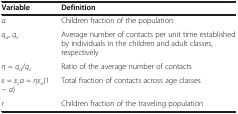
<table><thead><tr><td><b>Variable</b></td><td><b>Definition</b></td></tr></thead><tbody><tr><td><i>α</i></td><td>Children fraction of the population</td></tr><tr><td><i>q</i><sub><i>a</i></sub>, <i>q</i><sub><i>c</i></sub></td><td>Average number of contacts per unit time established by individuals in the children and adult classes, respectively</td></tr><tr><td><i>η</i> = <i>q</i><sub><i>a</i></sub>/<i>q</i><sub><i>c</i></sub></td><td>Ratio of the average number of contacts</td></tr><tr><td><i>ε</i> = <i>ε</i><sub><i>c</i></sub><i>α</i> = <i>ηε</i><sub><i>a</i></sub>(1 − <i>α</i>)</td><td>Total fraction of contacts across age classes</td></tr><tr><td><i>r</i></td><td>Children fraction of the traveling population</td></tr></tbody></table>